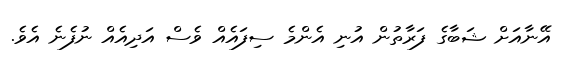
އޭނާއަށް ޝަބާގެ ފަރާތުން އުނި އެންމެ ސިފައެއް ވެސް އަދިއެއް ނުފެނެ އެވެ.